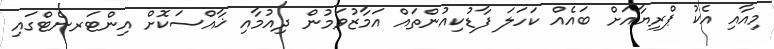
މިއާއި އެކު ޕްރިޔާއަށް ބައެއް ކަހަލަ ފާޑުކިއުންތައް އަމާޒުވަމުން ދިއުމާއި ޚާއްސަކޮށް އިންޓަރނެޓްގައި